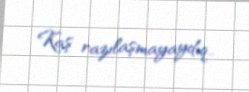
Kaş razılaşmayaydıq..